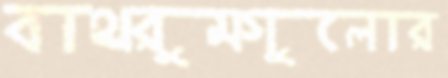
বাথরুমগুলোর